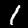
Digit: 1